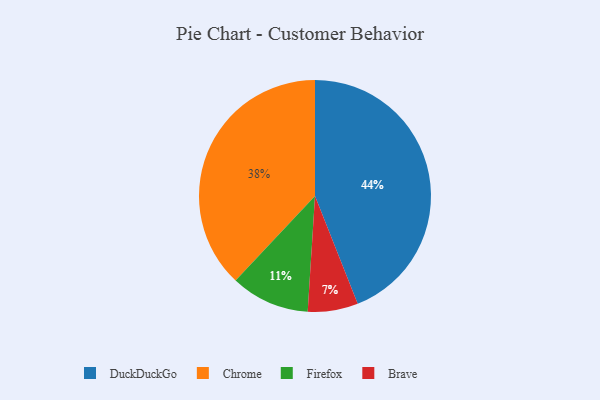
{"axis": {"x": "Category", "y": "Percentage"}, "legend": ["Brave", "Chrome", "DuckDuckGo", "Firefox"], "data": [{"x": "DuckDuckGo", "y": 44, "type": "DuckDuckGo"}, {"x": "Chrome", "y": 38, "type": "Chrome"}, {"x": "Brave", "y": 7, "type": "Brave"}, {"x": "Firefox", "y": 11, "type": "Firefox"}]}